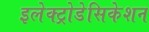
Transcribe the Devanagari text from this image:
इलेक्ट्रोडेसिकेशन